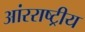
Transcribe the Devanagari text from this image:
आंरराष्ट्रीय